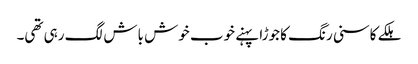
ہلکے کاسنی رنگ کا جوڑا پہنے خوب خوش باش لگ رہی تھی۔